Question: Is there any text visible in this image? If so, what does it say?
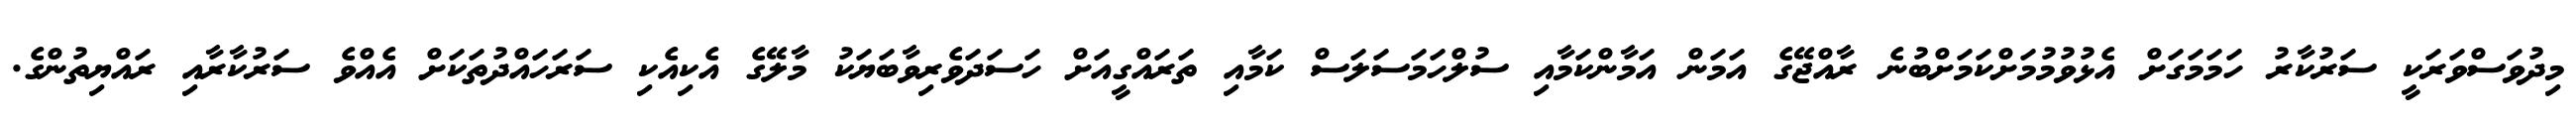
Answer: މިދުވަސްވަރަކީ ސަރުކާރު ހަމަމަގަށް އެޅުވުމުމަށްކަމަށްބުނެ ރާއްޖޭގެ އަމަން އަމާންކަމާއި ސުލްހަމަސަލަސް ކަމާއި ތަރައްގީއަށް ހަސަދަވެރިވާބަޔަކު މާލޭގެ އެކިއެކި ސަރަހައްދުތަކަށް އެއްވެ ސަރުކާރާއި ރައްޔިތުންގެ.